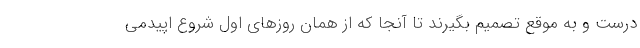
درست و به موقع تصمیم بگیرند تا آنجا که از همان روزهای اول شروع اپیدمی